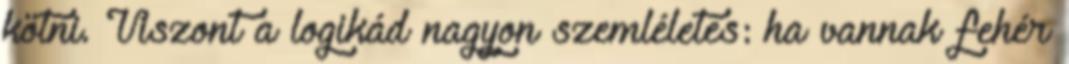
kötni. Viszont a logikád nagyon szemléletes: ha vannak fehér